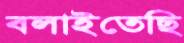
বলাইতেছি